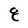
Character: 8